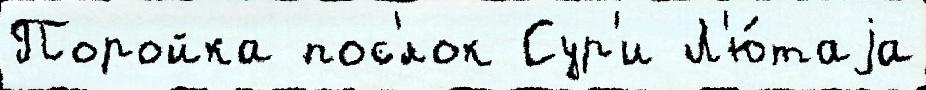
Поройка пос'́лок Сур'и Л'ю́таjа